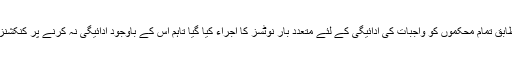
لیسکو حکام کے مطابق تمام محکموں کو واجبات کی ادائیگی کے لئے متعدد بار نوٹسز کا اجراء کیا گیا تاہم اس کے باوجود ادائیگی نہ کرنے پر کنکشنز منقطع کئے گئے ۔